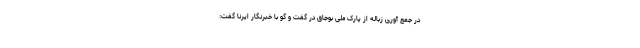
در جمع آوری زباله از پارک ملی بوجاق در گفت و گو با خبرنگار ایرنا گفت: